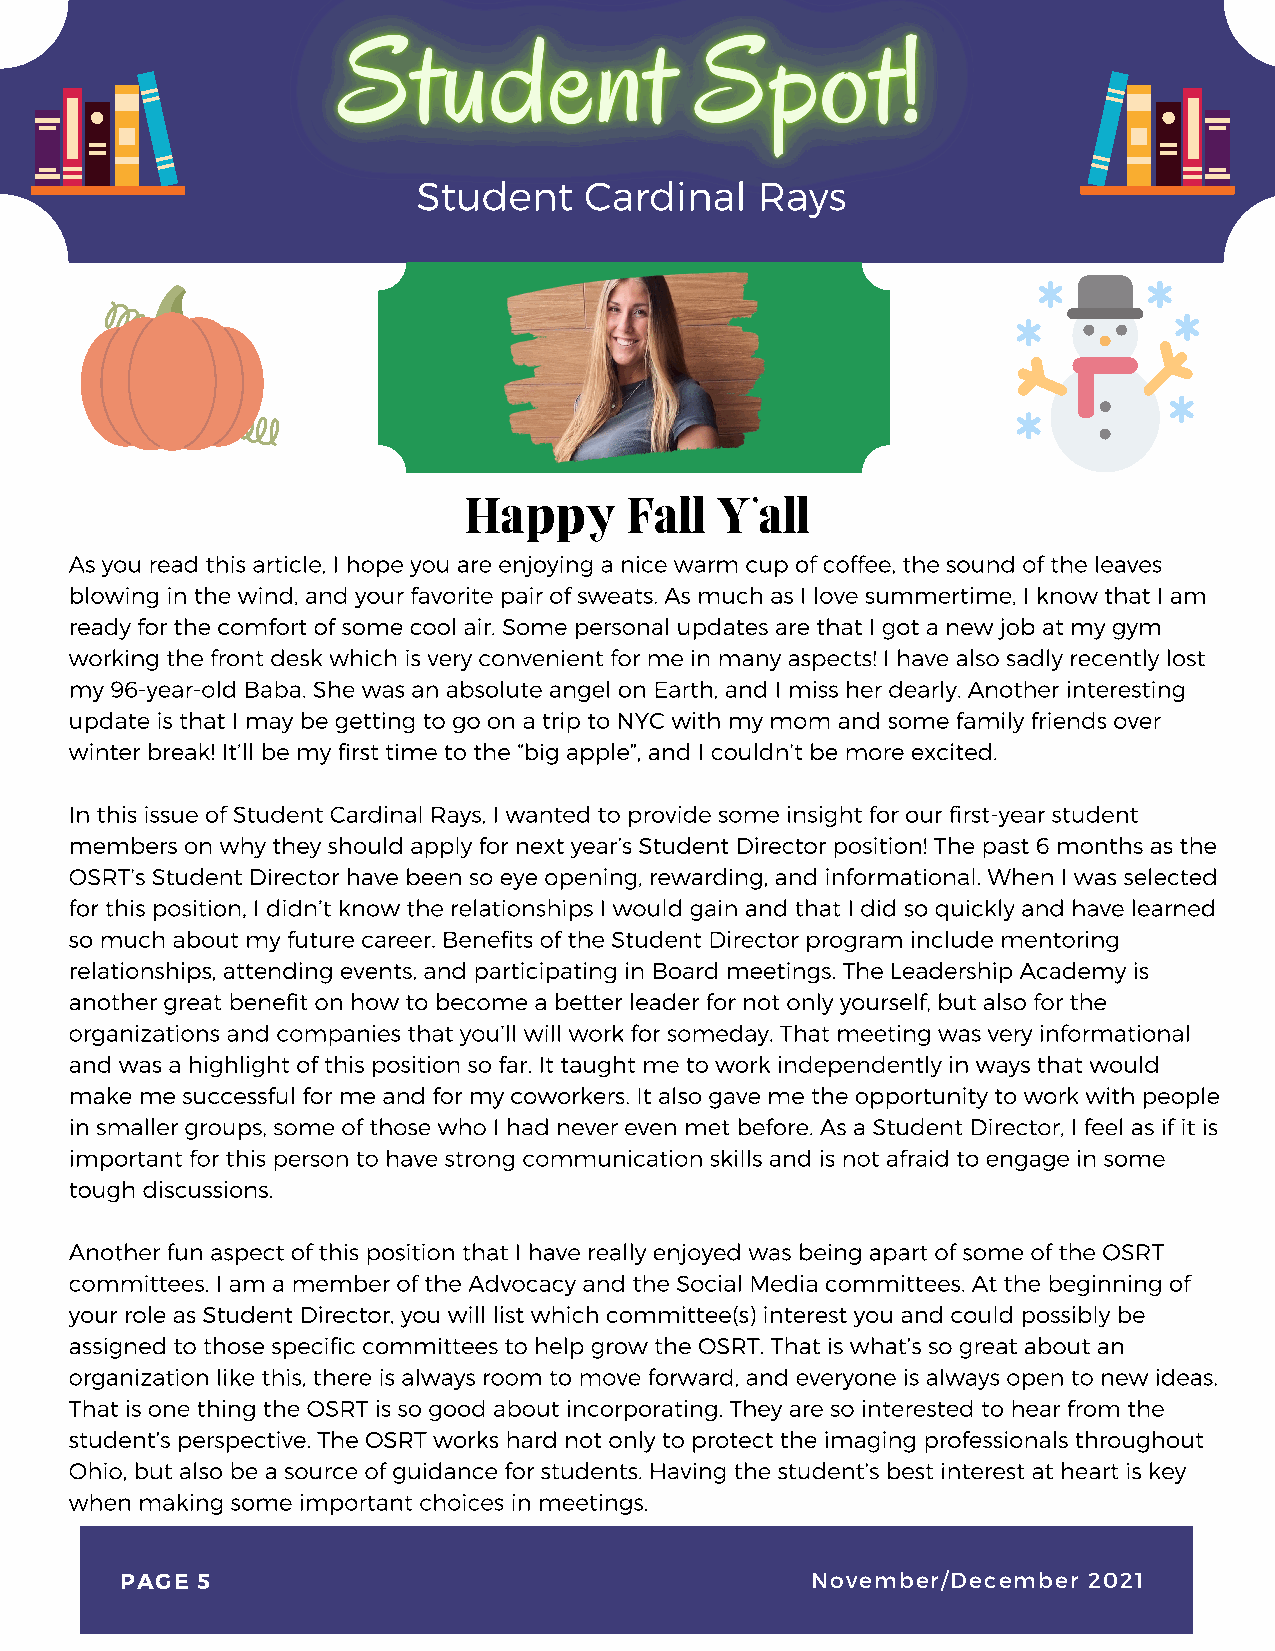
Student    Cardinal   Rays
 Happy     Fall  Y’all
 As you read this article, I hope you are enjoying a ni ce warm cup of coffee, the sound of the leaves
 blowing in the wind, and your favorite pair of sweats. As much as I love summertime, I know that I am
 ready for the comfort of some cool air. Some personal updates are that I got a new job at my gym
 working the front desk which is very convenient for me in many aspects! I have also sadly recently lost
 my 96-year-old Baba. She was an absolute angel on Earth, and I miss her dearly. Another interesting
 update is that I may be getting to go on a trip to NYC with my mom and some family friends over
 winter break! It’ll be my first time to the “big apple”, and I couldn’t be more excited.
 In this issue of Student Cardinal Rays, I wanted to provide some insight for our first-year student
 members on why they should apply for next year’s Student Director position! The past 6 months as the
 OSRT’s Student Director have been so eye opening, rewarding, and informational. When I was selected
 for this position, I didn’t know the relationships I would gain and that I did so quickly and have learned
 so much about my future career. Benefits of the Student Director program include mentoring
 relationships, attending events, and participating in Board meetings. The Leadership Academy is
 another great benefit on how to become a better leader for not only yourself, but also for the
 organizations and companies that you’ll will work for someday. That meeting was very informational
 and was a highlight of this position so far. It taught me to work independently in ways that would
 make me successful for me and for my coworkers. It also gave me the opportunity to work with people
 in smaller groups, some of those who I had never even met before. As a Student Director, I feel as if it is
 important for this person to have strong communication skills and is not afraid to engage in some
 tough discussions.
 Another fun aspect of this position that I have really enjoyed was being apart of some of the OSRT
 committees. I am a member of the Advocacy and the Social Media committees. At the beginning of
 your role as Student Director, you will list which committee(s) interest you and could possibly be
 assigned to those specific committees to help grow the OSRT. That is what’s so great about an
 organization like this, there is always room to move forward, and everyone is always open to new ideas.
 That is one thing the OSRT is so good about incorporating. They are so interested to hear from the
 student’s perspective. The OSRT works hard not only to protect the imaging professionals throughout
 Ohio, but also be a source of guidance for students. Having the student’s best interest at heart is key
 when making some important choices in meetings.
 PAGE 5                                        November/December 2021